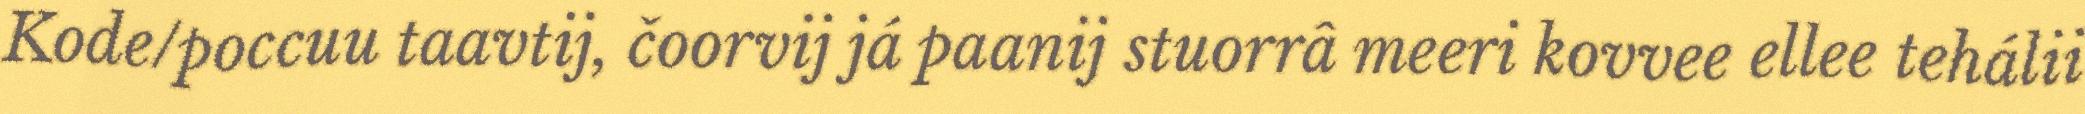
Kode/poccuu taavtij, čoorvij já paanij stuorrâ meeri kovvee ellee tehálii